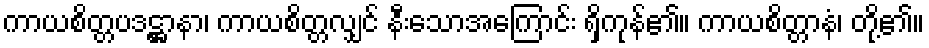
ကာယစိတ္တပဒဋ္ဌာနာ၊ ကာယစိတ္တလျှင် နီးသောအကြောင်း ရှိကုန်၏။ ကာယစိတ္တာနံ၊ တို့၏။